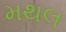
મથલ